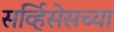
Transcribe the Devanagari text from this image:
सर्व्हिसेसच्या